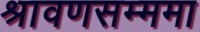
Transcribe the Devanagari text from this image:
श्रावणसम्ममा